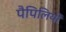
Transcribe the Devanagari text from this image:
पैपिलियों